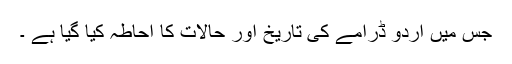
جس میں اردو ڈرامے کی تاریخ اور حالات کا احاطہ کیا گیا ہے ۔